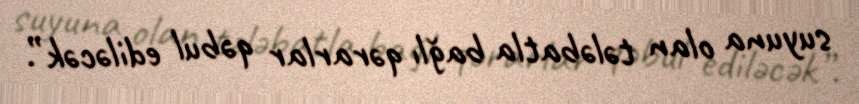
suyuna olan tələbatla bağlı qərarlar qəbul ediləcək”.